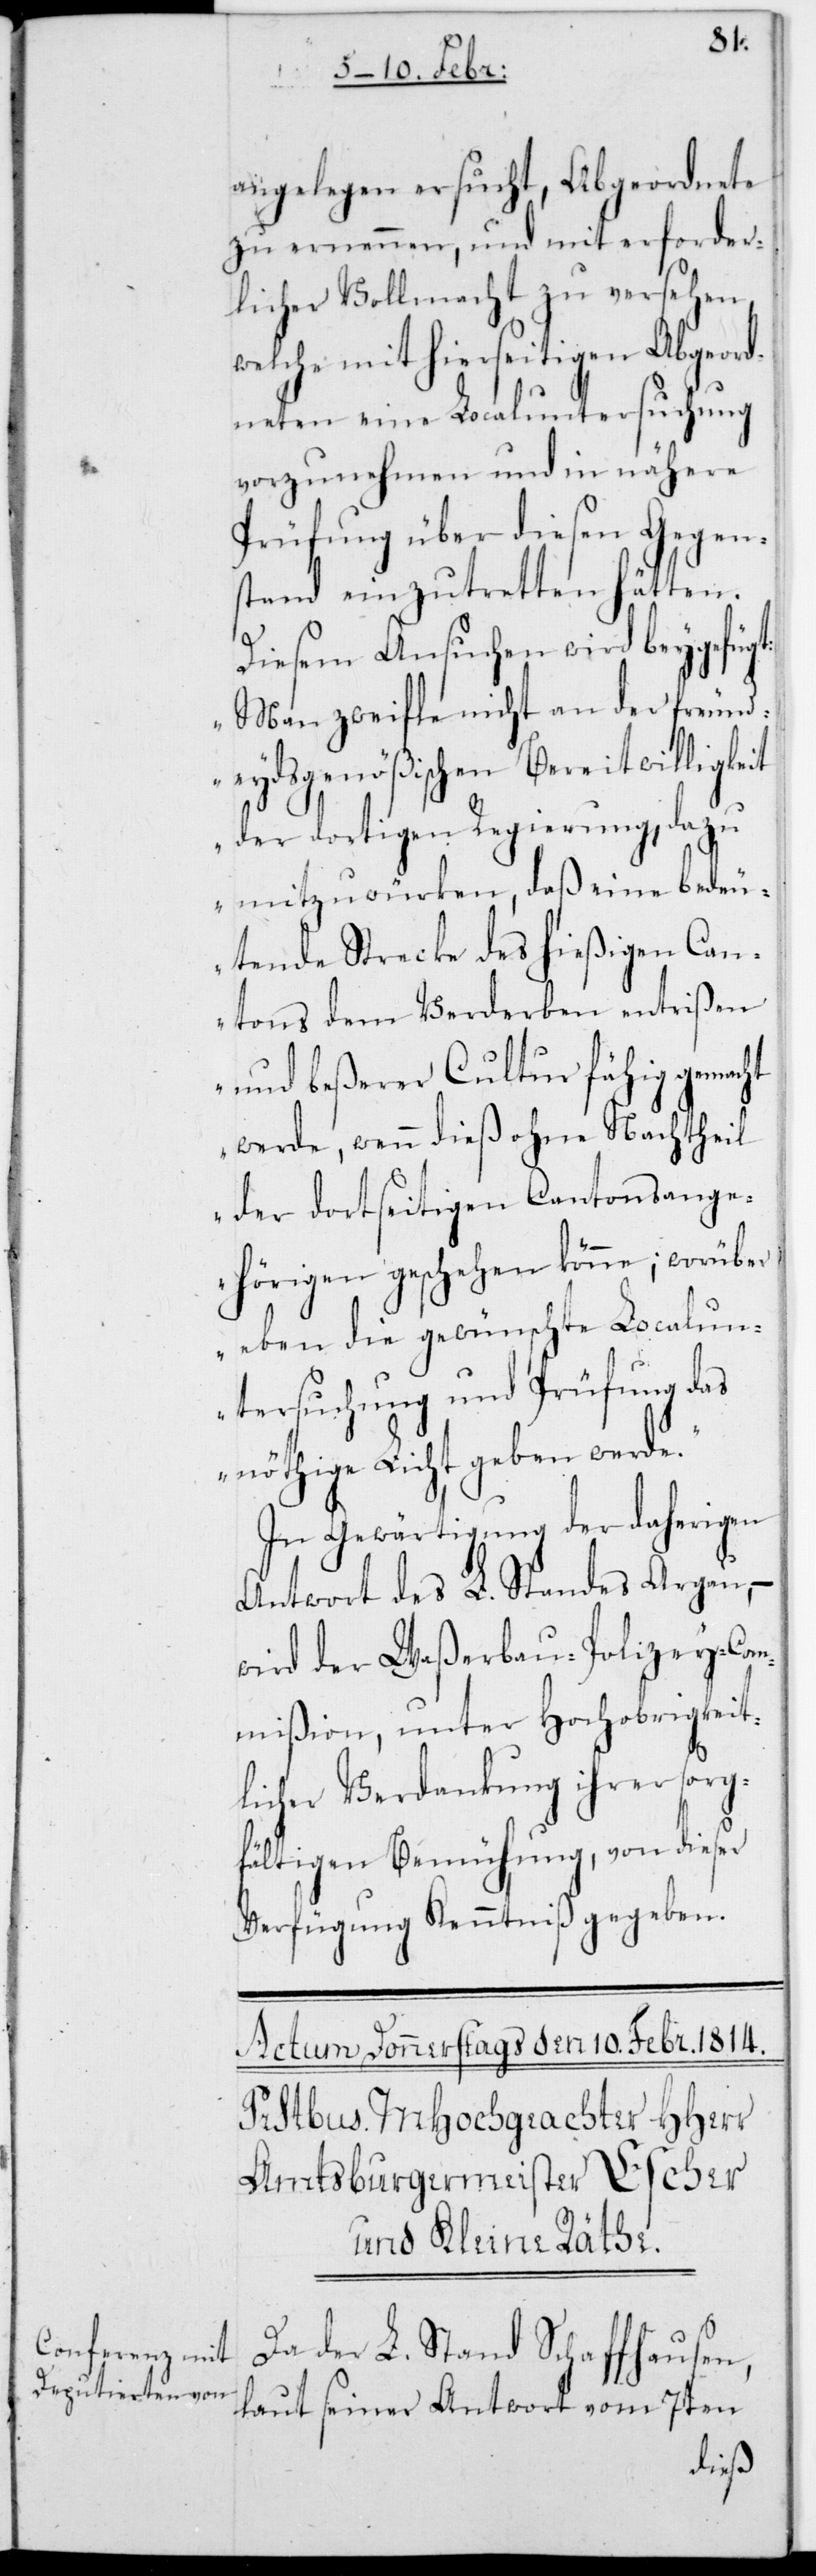
angelegen ersucht, Abgeordnete
zu ernennen, und mit erforder¬
licher Vollmacht zu versehen,
welche mit hierseitigen Abgeord¬
neten eine Localuntersuchung
vorzunehmen und in nähere
Prüfung über diesen Gegen¬
stand einzutretten hätten.
Diesem Ansuchen wird beygefügt:
„Man zweifle nicht an der freund¬
eydsgenößischen Bereitwilligkeit
der dortigen Regierung, dazu
mitzuwürken, daß eine bedeu¬
tende Strecke des hießigen Can¬
tons dem Verderben entrißen
und beßerer Cultur fähig gemacht
werde, wenn dieß ohne Nachtheil
der dortseitigen Cantonsange¬
hörigen geschehen könne; worüber
eben die gewünschte Localun¬
tersuchung und Prüfung das
nöthige Licht geben werde“.
In Gewärtigung der daherigen
Antwort des L. Standes Argau,
wird der Waßerbau-Polizey-Com¬
mißion, unter Hochobrigkeit¬
licher Verdankung ihrer sorg¬
fältigen Bemühung, von dieser
Verfügung Kenntniß gegeben.
Da der L. Stand Schaffhausen,
laut seiner Antwort vom 7ten